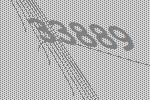
33889